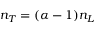
n _ { T } = ( \alpha - 1 ) n _ { L }